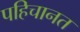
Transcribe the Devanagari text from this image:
पहिचानत